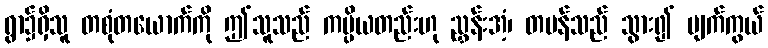
ရွာ၌ရှိသူ တစုံတယောက်ကို ဤသူသည် ကပ္ပိယတည်းဟု ညွှန်းအံ့၊ တမန်သည် သွား၍ မျက်ကွယ်